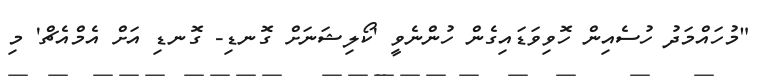
"މުހައްމަދު ހުސެއިން ހޮވިވަޑައިގެން ހުންނެވީ 'ކޯލިޝަނަށް ގޮނޑި- ގޮނޑި އަށް އެމްއެޗް' މި